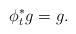
LaTeX: \begin{align*}\phi_{t}^{\ast} g = g.\end{align*}